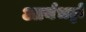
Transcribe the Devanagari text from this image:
आर्यभट्टो